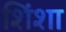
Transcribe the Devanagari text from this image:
शिंशा